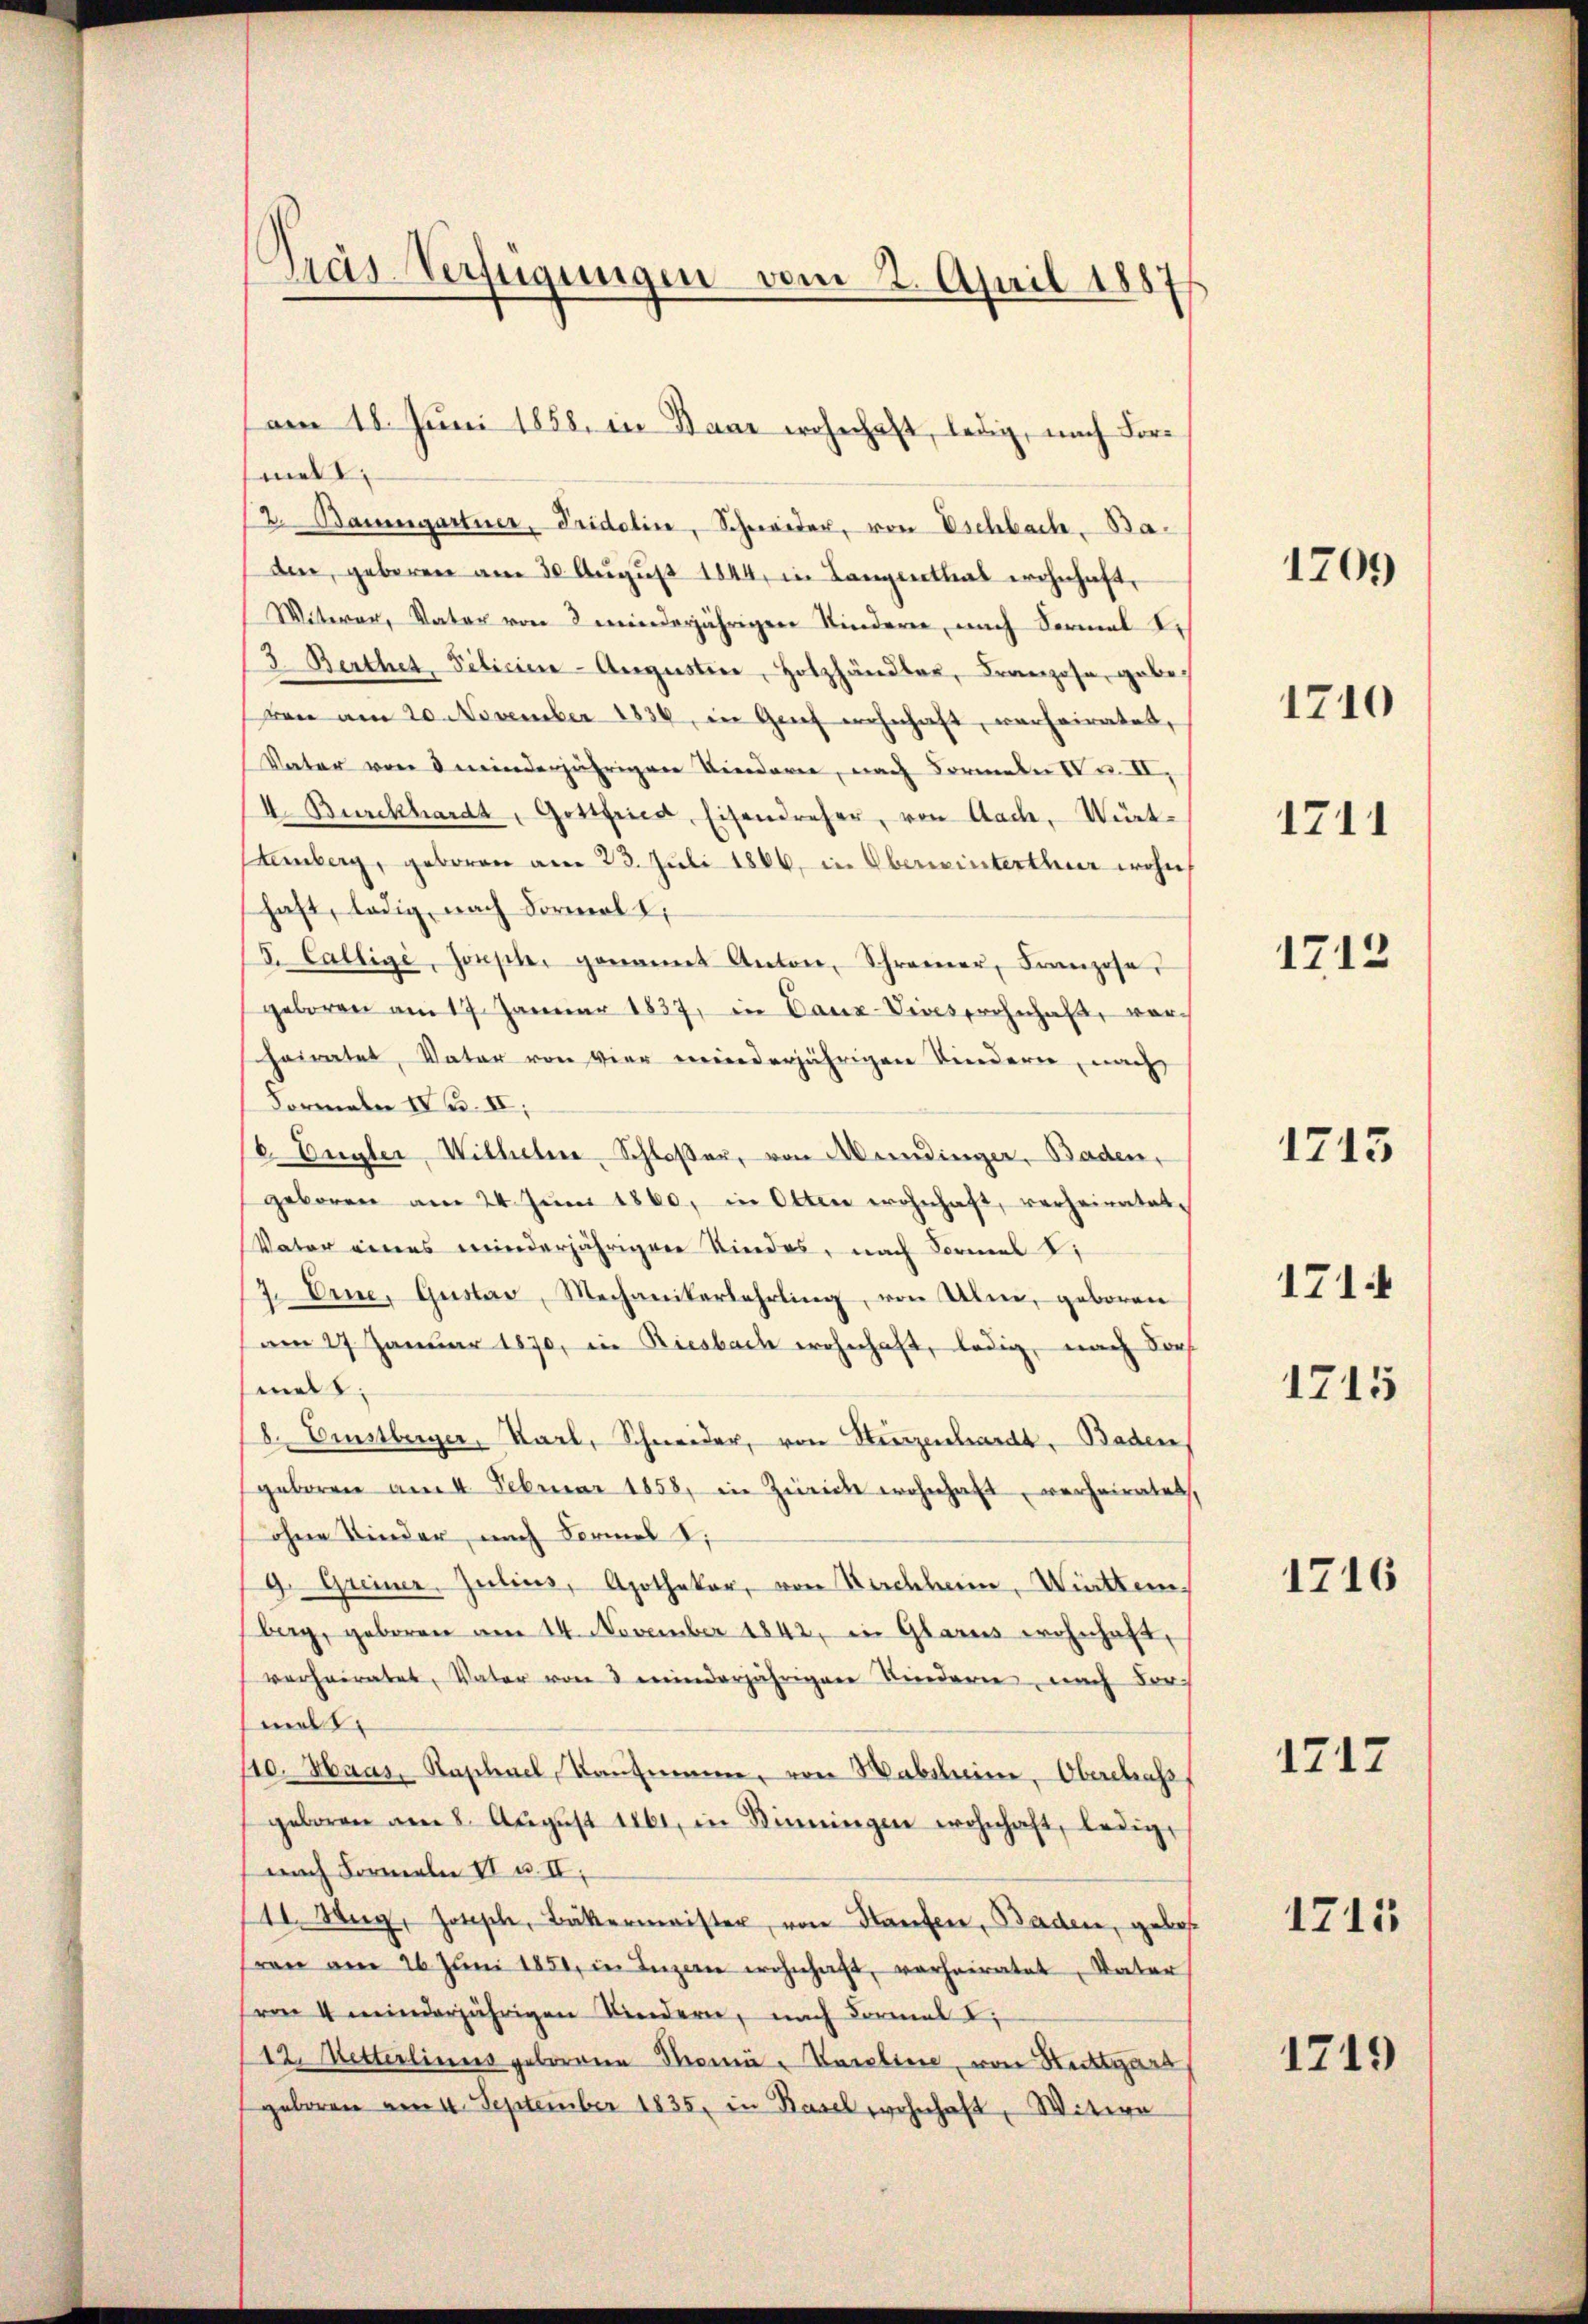
Pras Verfügungen vom 2. April 18876

am 18. Juni 1858. in Baar wohnhaft, ledig, nach Formet
2.Baumgartner, Fridolin, Schweider, von Eschbach. Baden, geberen am 30. Aŭgŭst 1844 in Langenthal wohnhaft,
Witwer, Vater von 8 minderjährigen Kindern, nach Formal I.
3. Berthet, Pilicien-Augustine, Holzhändler, Franzose, gebeven am 20. November 1836, in Genf wohnhaft, verheiratet,
Vater von 8 minderjährigen Kindere, nach Formale Nr. II.
II. Burckhardt, Gottfried, Eisendreher, von Aach, Würt¬
Lemberg, geboren am 23. Juli 1866, in Oberwinterthur wohn
haft, ledig, nach Formerl I
5. Callige, Joseph, genannt Anton, Schramer, Franzose
geboren am 17. Januar 1837, in Canz-Viveswohnhaft, vorheiratet, Vater von vier winderjährigen Kindern, nach
Formale IV u. II,
6. Engler, Witteltene Schloßer, von Mendinger. Baden,
geboren am 24. Jŭni 1860, in Otten wohnhaft, verheiratet.
Vater eines minderjährigen Kindes, nach Formal
2. Eine, Gustav, Mechanikerlehrling, von Ulm, geboren
am 27. Januar 1870, in Riesbach wohnhaft, ledig, nach Fors
melt.
8. Bestberger, Karl, Schneider, von Herzenhardt, Baden,
geboren am 4. Februar 1858, in Zürich wohnhaft, verheiratet,
ohne Kinder, nach Formel d
9. Greiner, Julius, Apothekar, von Kirchheim, Witten.
berg, geboren am 24. November 1842, in Glarus wohnhaft,
verheiratet, Vater von 3 minderjährigen Kindere nach dor
melt
110. Haas, Raphael, Kaufmann, von Wabtheim, Oberstraß
geboren am 8. Aŭgŭst 1861, in Sinnigen wohnhaft, ledigt
nach Formeln II u. II.
/11. Weg, Josisch, Bäkermeister, von Haufen, Baden, gebot
ran am 26. Jŭni 1851, in Ingen wohnhaft, verheiratet, Vater
(von 4 minderjährigen Kindern, nach Formal I
12. Metterlines geborene Mona- Vasalien, von Stecktgart
geboren am 4. September 1835, in Basel wohnhaft, Witwe

1705

1710

1711

1712

1713

1714

1716

1717

1215

1719

1715